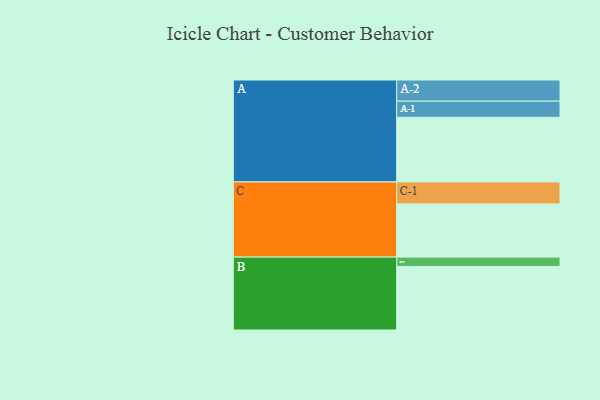
{"axis": {"x": "Segment", "y": "Value"}, "legend": ["", "A", "B", "C"], "data": [{"x": "A", "y": 443, "type": ""}, {"x": "B", "y": 436, "type": ""}, {"x": "C", "y": 365, "type": ""}, {"x": "A-1", "y": 111, "type": "A"}, {"x": "A-2", "y": 145, "type": "A"}, {"x": "B-1", "y": 64, "type": "B"}, {"x": "C-1", "y": 151, "type": "C"}]}